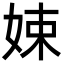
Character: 娕